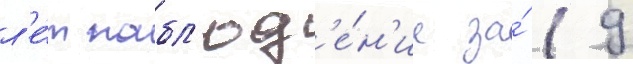
л'е́т набл'юд'е́н'ие за́ 19